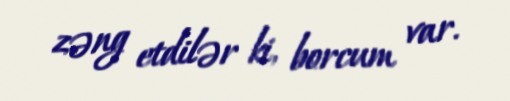
zəng etdilər ki, borcum var.